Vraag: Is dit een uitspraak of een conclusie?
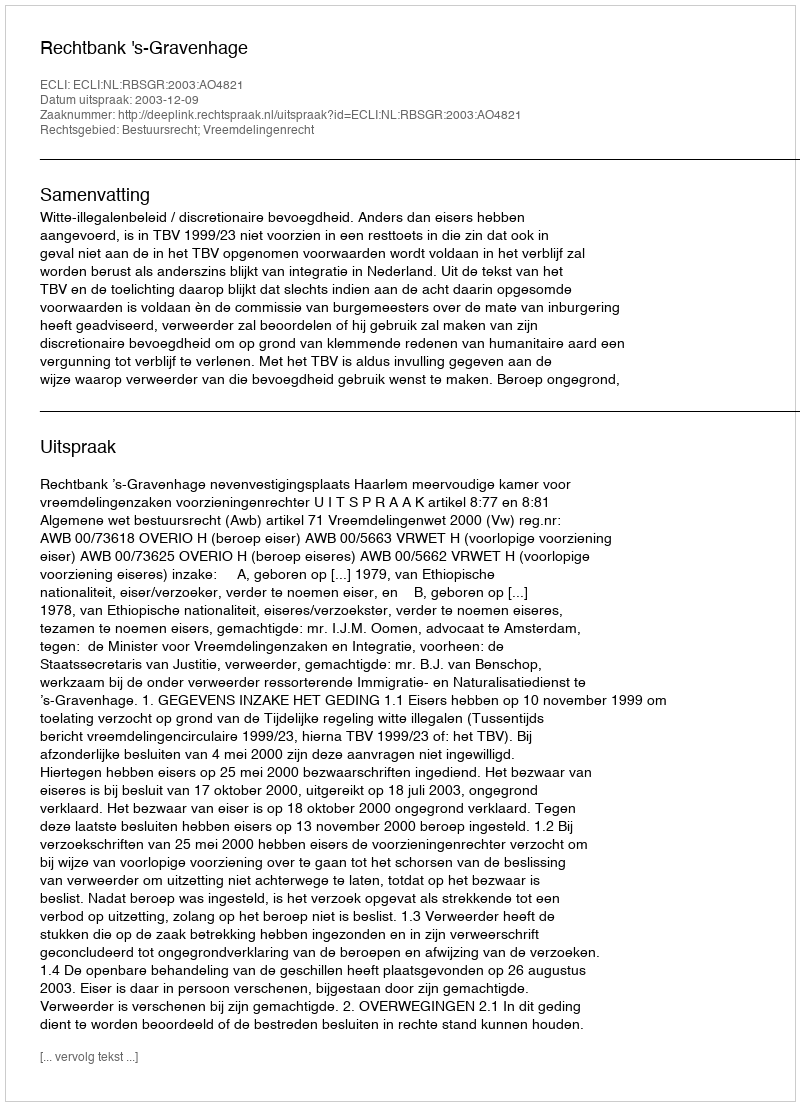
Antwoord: Uitspraak